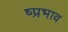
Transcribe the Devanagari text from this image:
ष्प्रभाव